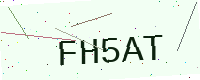
Text: FH5AT